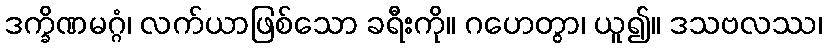
ဒက္ခိဏမဂ္ဂံ၊ လက်ယာဖြစ်သော ခရီးကို။ ဂဟေတွာ၊ ယူ၍။ ဒသဗလဿ၊